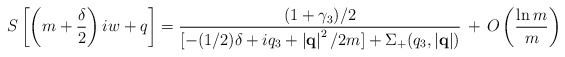
\begin{align*}S\left[\left(m+\frac{\delta}{2}\right)iw+q \right] = \frac{(1+\gamma_3)/2}{ [ -(1/2) \delta+iq_3+ \left|{\bf q}\right|^2 / 2m ] + \Sigma_{+}(q_3,\left|{\bf q}\right|)} \, + \, O\left(\frac{\ln m}{m}\right)\end{align*}